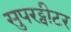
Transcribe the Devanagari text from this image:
सुपरट्वीटर